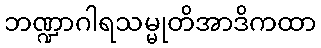
ဘဏ္ဍာဂါရသမ္မုတိအာဒိကထာ